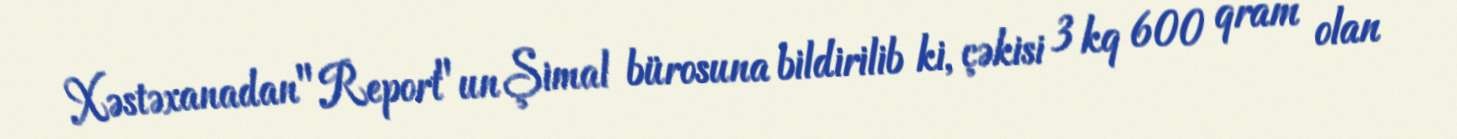
Xəstəxanadan "Report"un Şimal bürosuna bildirilib ki, çəkisi 3 kq 600 qram olan